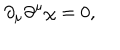
\partial _ { \mu } \partial ^ { \mu } \chi = 0 ,